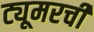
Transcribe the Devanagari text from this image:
ट्यूमरची